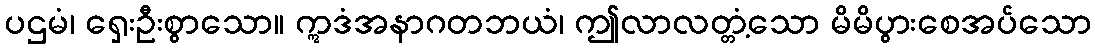
ပဌမံ၊ ရှေးဦးစွာသော။ ဣဒံအနာဂတဘယံ၊ ဤလာလတ္တံ့သော မိမိပွားစေအပ်သော